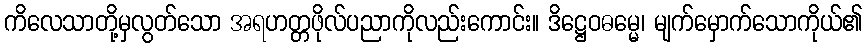
ကိလေသာတို့မှလွတ်သော အရဟတ္တဖိုလ်ပညာကိုလည်းကောင်း။ ဒိဋ္ဌေဝဓမ္မေ၊ မျက်မှောက်သောကိုယ်၏